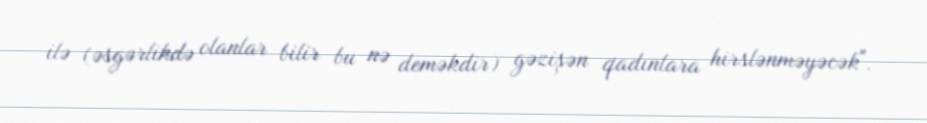
ilə (əsgərlikdə olanlar bilir bu nə deməkdir) gəzişən qadınlara hirslənməyəcək".